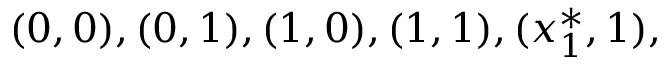
( 0 , 0 ) , ( 0 , 1 ) , ( 1 , 0 ) , ( 1 , 1 ) , ( x _ { 1 } ^ { * } , 1 ) ,